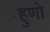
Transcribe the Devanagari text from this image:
हुणो